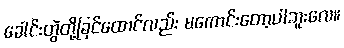
ခေါင်းတွဲတို့ခြင်ထောင်လည်း မကောင်းတော့ပါဘူးလေ။